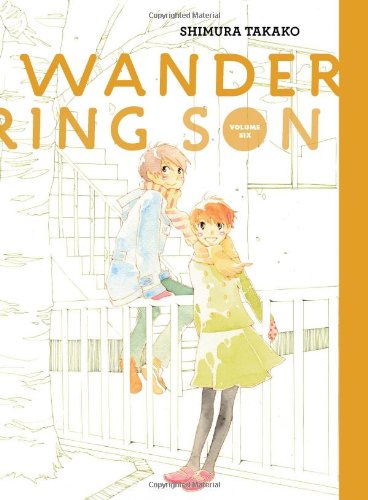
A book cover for Wandering Son: Volume Six (Vol. 6)  (Wandering Son); Shimura Takako; Comics & Graphic Novels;